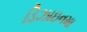
ડિઝાઇનમા